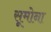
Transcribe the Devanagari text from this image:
सूमोना